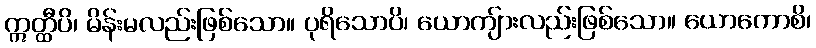
ဣတ္ထီပိ၊ မိန်းမလည်းဖြစ်သော။ ပုရိသောပိ၊ ယောကျ်ားလည်းဖြစ်သော။ ယောကောစိ၊